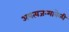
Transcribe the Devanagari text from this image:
अपत्यजन्मावेळी